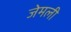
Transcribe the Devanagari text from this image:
जेमली